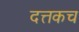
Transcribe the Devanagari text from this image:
दत्तकच